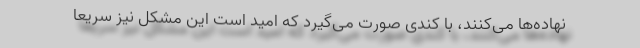
نهاده‌ها می‌کنند، با کندی صورت می‌گیرد که امید است این مشکل نیز سریعا